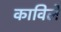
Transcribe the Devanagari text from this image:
काविले